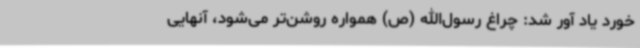
خورد یاد آور شد: چراغ رسول‌الله (ص) همواره روشن‌تر می‌شود، آنهایی